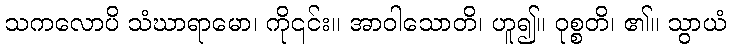
သကလောပိ သံဃာရာမော၊ ကို၎င်း။ အာဝါသောတိ၊ ဟူ၍။ ဝုစ္စတိ၊ ၏။ သွာယံ